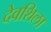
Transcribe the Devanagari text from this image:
देवशिला